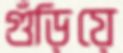
গুঁড়িয়ে